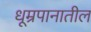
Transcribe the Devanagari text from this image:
धूम्रपानातील